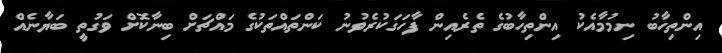
އިންތިހާބު ނިމުމާއެކު އިންތިހާބުގެ ތެރެއިން ފާހަގަކުރެވުނު ކަންތައްތަކުގެ މައްޗަށް ބިނާކޮށް ވަގުތީ ބަޔާނެއް